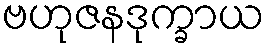
ဗဟုဇနဒုက္ခာယ